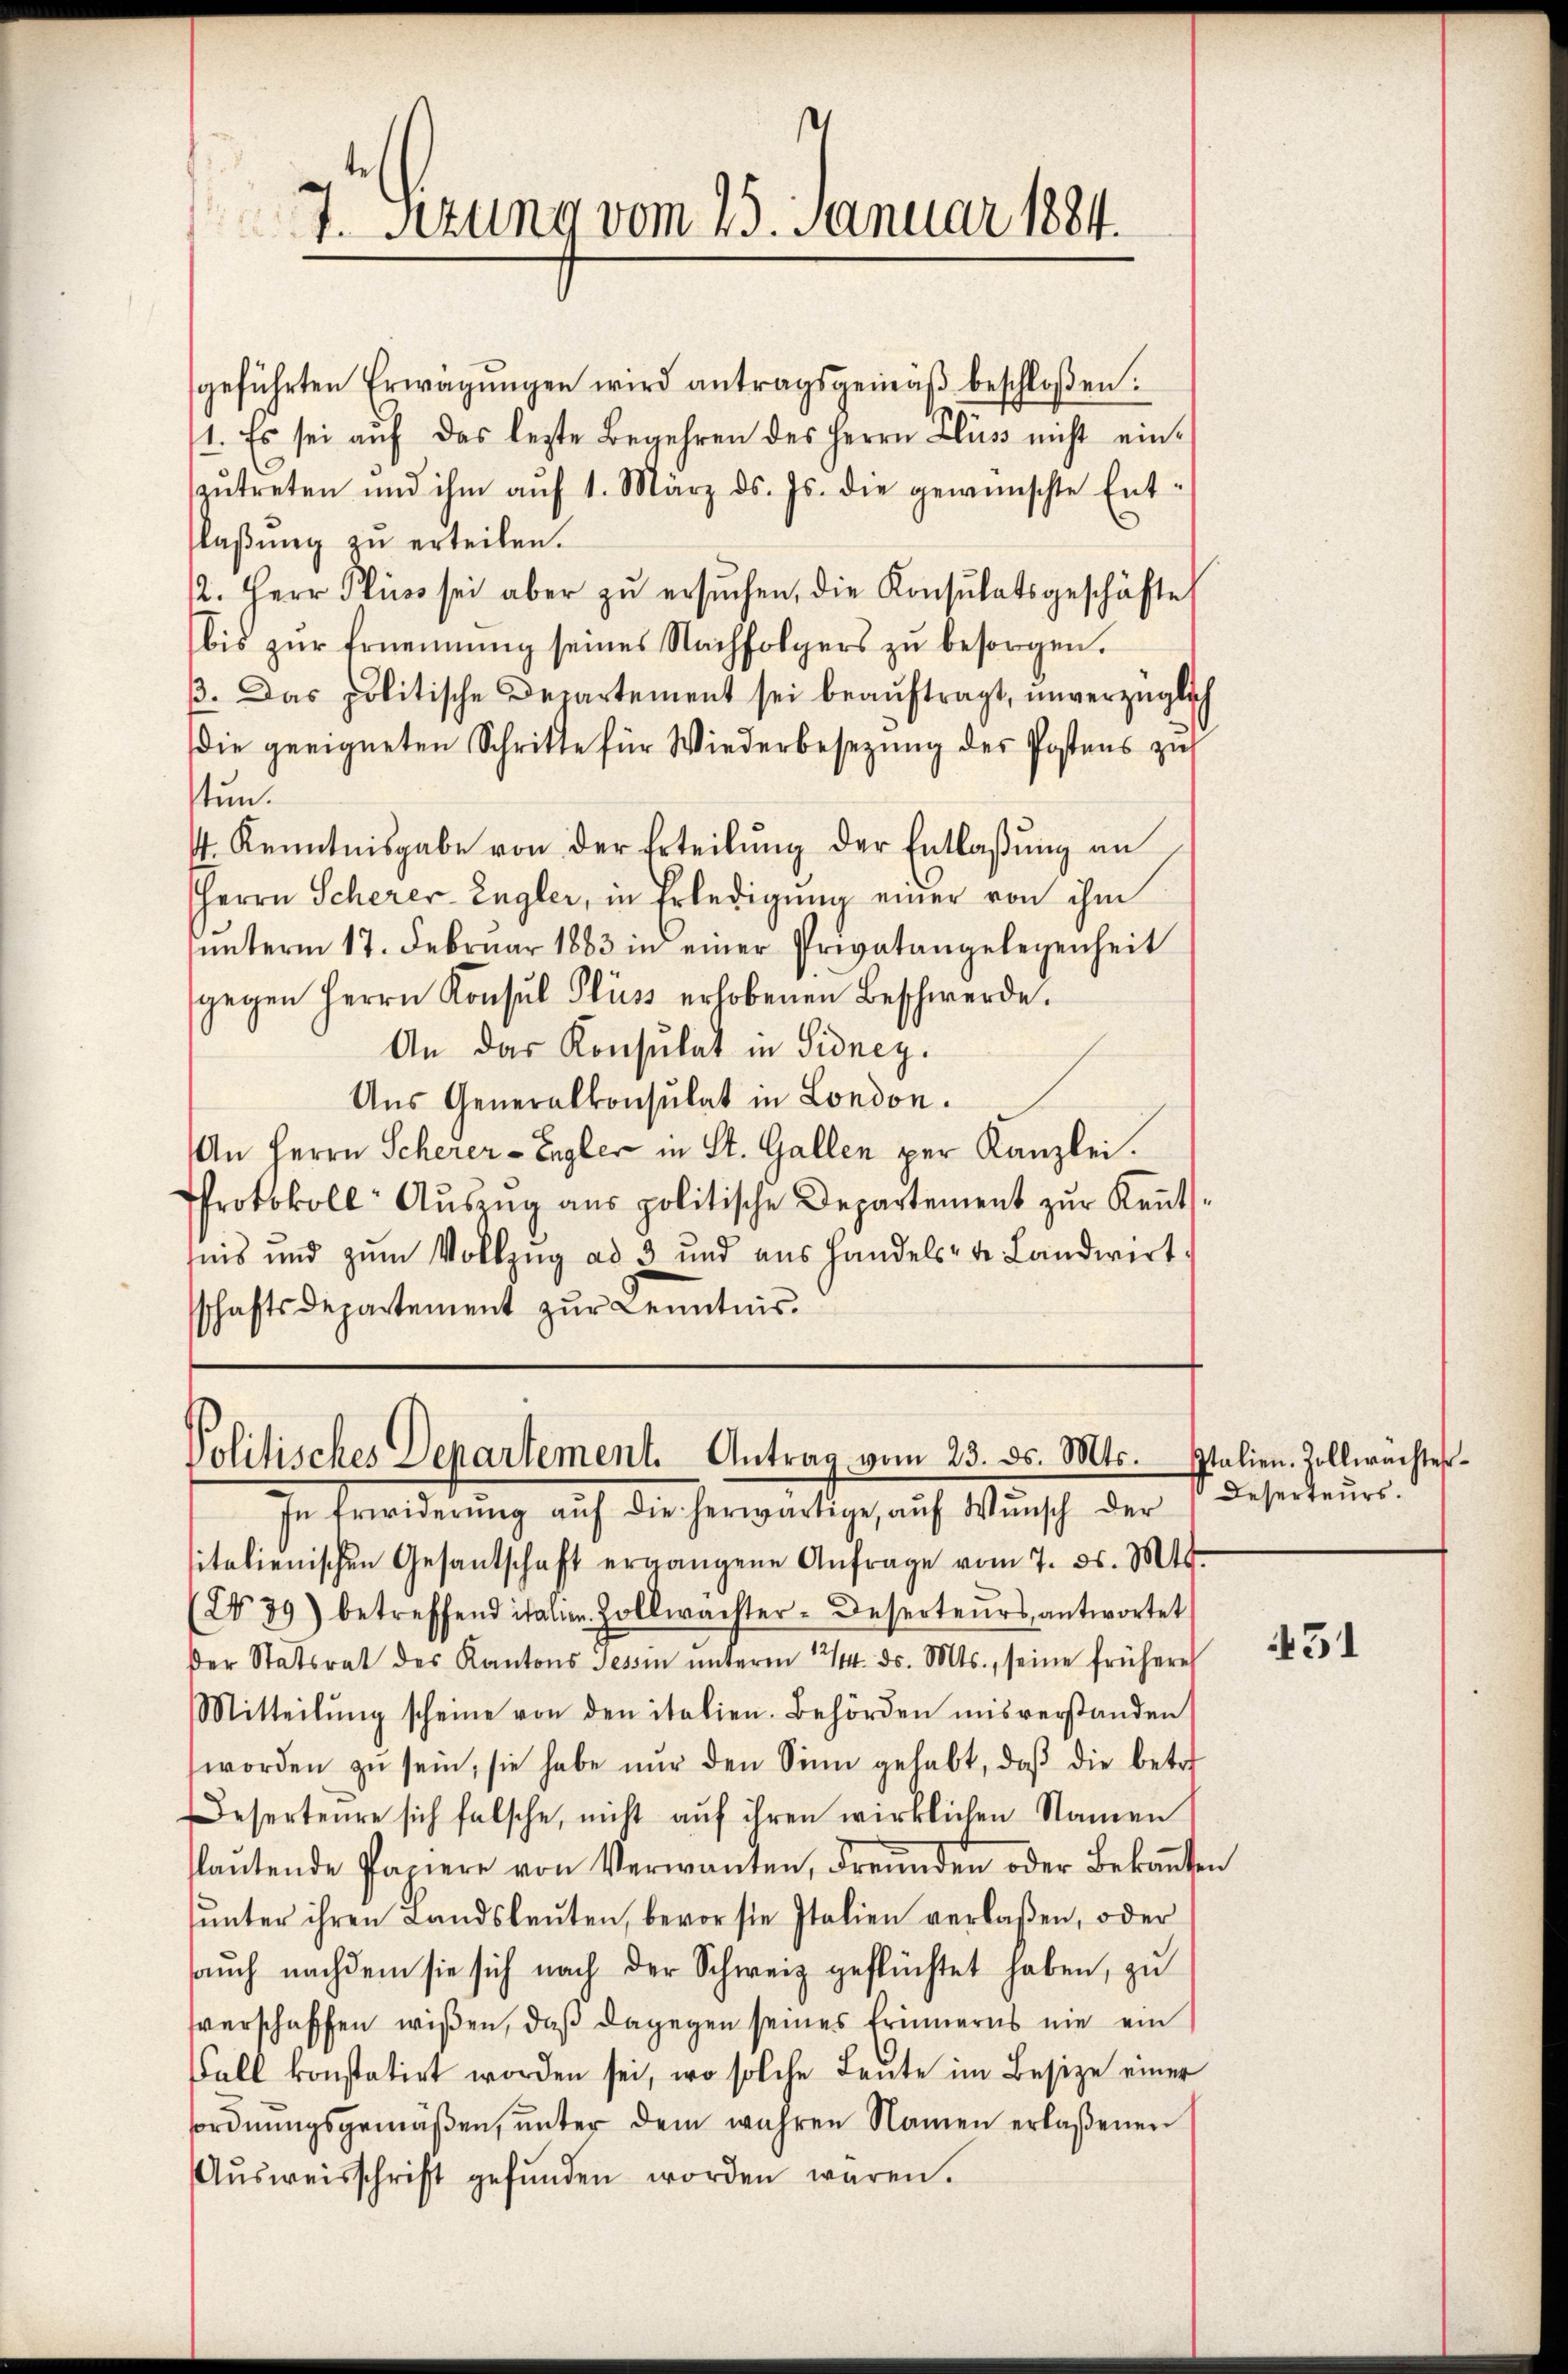
7. Szung vom 25. Januar 1884.

geführten Erwägŭngen wird antragsgemäβ beschloßen:
1. Es sei auf das lezte Begehren des Herrn Fluss nicht einzŭtreten und ihm aŭf 1. März ds. Js. die gewünschte Ent-
laßung zu erteilen.
2. Herr Pluss sei aber zŭ ersŭchen, die Konsulatsgeschäfte
bis zur Ernennung seines Nachfolgers zu besorgen.
ß. Das politische Departement sei beauftragt, unverzüglich
die geeigneten Schritte für Wiederbesetzŭng der Postens zŭ
stund
4. Kenntnisgabe von der Erteilŭng der Entlaßung an
Herrn Scherer Engler, in Erledigung einer von ihm
ŭnterm 17. Februar 1883 in einer Privatangelegenheit
gegen Herrn Konsul Fluss erlobenen Beschwerde.
An das Konsulat in Sidney.
Aus Generalkonsulat in London.
An Herrn Scherer-Engler in St. Gallen per Kanzlei.
Protokoll Aŭszŭg aŭs politische Departement zŭr Keṅt-
tnis und zum Vollzug ad 3 und aus Handels- u. Landwirt.
sschaftsdepartement zur Kenntnis.

Politisches Departement. Antrag vom 23. ds. Mts.
In Erwiderŭng aŭf die herwärtige, aŭf Wŭnsch der Deserteŭrs.

sitalienischen Gesantschaft ergangene Anfrage vom 7. ds. Mts.
(No 39) betreffend italie Holkwachter-Deserteurs antwortet
der Statsrat des Kantons Tessin ŭnterm 12/14. ds. Mts., seine früheres
Mitteilŭng scheine von den italien. Behörden misverstanden
worden zŭ sein, sie habe nŭr den Sinn gehabt, daβ die betr
eserteure sich falsche, nicht auf ihren wirklichen Namen
slaŭtende Paniere von Verwanten, Freunden oder Bekannten
ŭnter ihren Landsleŭten, bevor sie Italien verlaßen, oder
aŭch nachdem sie sich nach der Schweiz geflüchtet haben, zu
sverschaffen wißen, daß dagegen seines Erinnerns nie ein
all konstatirt worden sei, wo solche Leute im Besize einer
sordnŭngsgemäβen, ŭnter dem wahren Namen erlaßenen
Aŭsweisschrift gefŭnden worden waren.

Italien. Zollwachter¬

451